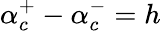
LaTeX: \alpha_{c}^{+}-\alpha_{c}^{-}=h